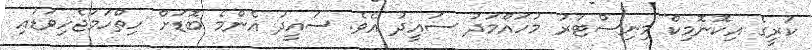
ކުރީގެ އިކޮނޮމިކް މިނިސްޓަރު މުހައްމަދު ސައީދު އެވެ. ސައީދު އެންމެ ބޮޑަށް ހިތްހަމަޖެހިވަޑައި